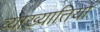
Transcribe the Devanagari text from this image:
व्याख्यातियों